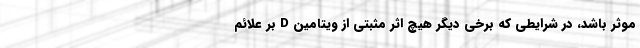
موثر باشد، در شرایطی که برخی دیگر هیچ اثر مثبتی از ویتامین D بر علائم